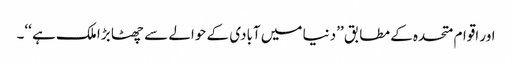
اور اقوام متحدہ کے مطابق ’’دنیا میں آبادی کے حوالے سے چھٹا بڑا ملک ہے ‘‘۔